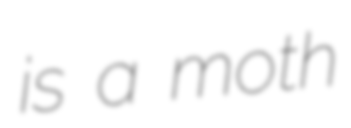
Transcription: is a moth